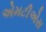
એમટીએસ